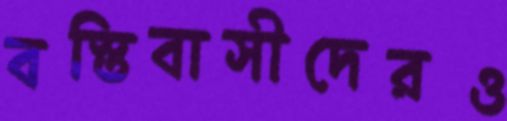
বস্তিবাসীদেরও